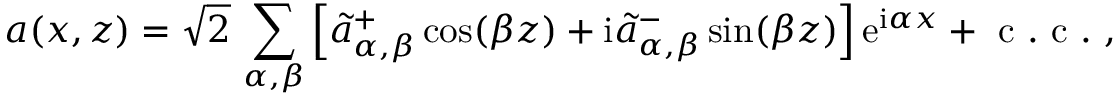
a ( x , z ) = \sqrt { 2 } \, \sum _ { \alpha , \beta } \left[ \widetilde { a } _ { \alpha , \beta } ^ { + } \cos ( \beta z ) + \mathrm { i } \widetilde { a } _ { \alpha , \beta } ^ { - } \sin ( \beta z ) \right] \mathrm { e } ^ { \mathrm { i } \alpha x } + \mathrm { ~ c ~ . ~ c ~ . ~ } ,